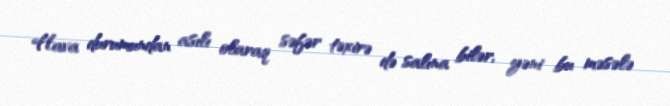
Hava durumundan asılı olaraq səfər təxirə də salına bilər, yəni bu məsələ